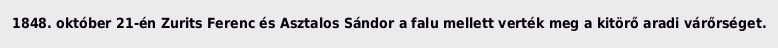
1848. október 21-én Zurits Ferenc és Asztalos Sándor a falu mellett verték meg a kitörő aradi várőrséget.